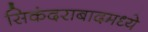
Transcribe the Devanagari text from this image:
सिकंदराबादमध्ये